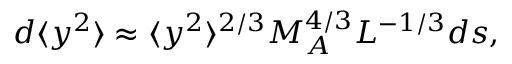
d \langle y ^ { 2 } \rangle \approx \langle y ^ { 2 } \rangle ^ { 2 / 3 } M _ { A } ^ { 4 / 3 } L ^ { - 1 / 3 } d s ,